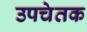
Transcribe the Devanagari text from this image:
उपचेतक